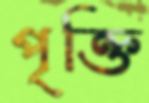
পৃক্তি